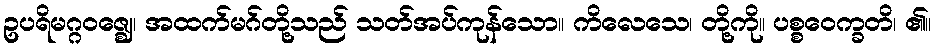
ဥပရိမဂ္ဂဝဇ္ဈေ၊ အထက်မဂ်တို့သည် သတ်အပ်ကုန်သော။ ကိလေသေ၊ တို့ကို။ ပစ္စဝေက္ခတိ၊ ၏။